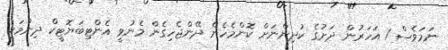
ނަމަވެސް 1 އަހަރުން ދަށުގެ ކުދިންނަށް ކޮންމެހެން ދޭންޖެހިގެން މެނުވީ އެންޓިބަޔޮޓީކް ދިނުމަކީ